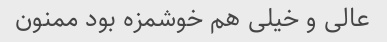
عالی و خیلی هم خوشمزه بود ممنون